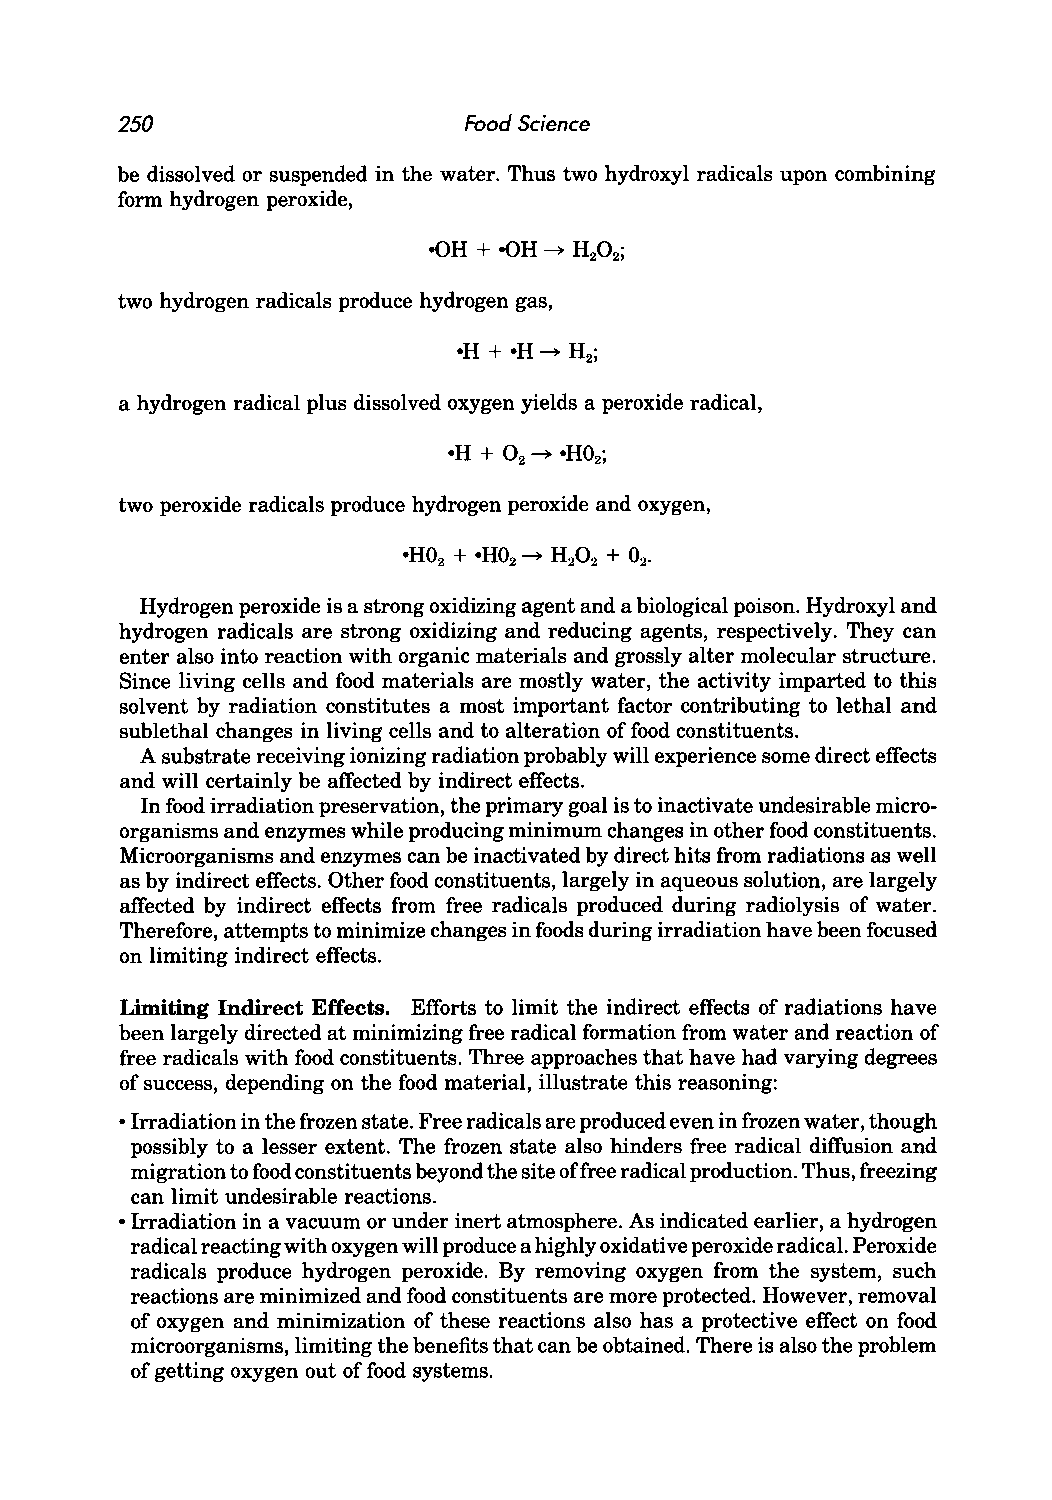
250                    Food Science
 be dissolved or suspended in the water. Thus two hydroxyl radicals upon combining
 form hydrogen peroxide,
 two hydrogen radicals produce hydrogen gas,
 a hydrogen radical plus dissolved oxygen yields a peroxide radical,
 two peroxide radicals produce hydrogen peroxide and oxygen,
 Hydrogen peroxide is a strong oxidizing agent and a biological poison. Hydroxyl and
 hydrogen radicals are strong oxidizing and reducing agents, respectively. They can
 enter also into reaction with organic materials and grossly alter molecular structure.
 Since living cells and food materials are mostly water, the activity imparted to this
 solvent by radiation constitutes a most important factor contributing to lethal and
 sublethal changes in living cells and to alteration of food constituents.
 A substrate receiving ionizing radiation probably will experience some direct effects
 and will certainly be affected by indirect effects.
 In food irradiation preservation, the primary goal is to inactivate undesirable micro
 organisms and enzymes while producing minimum changes in other food constituents.
 Microorganisms and enzymes can be inactivated by direct hits from radiations as well
 as by indirect effects. Other food constituents, largely in aqueous solution, are largely
 affected by indirect effects from free radicals produced during radiolysis of water.
 Therefore, attempts to minimize changes in foods during irradiation have been focused
 on limiting indirect effects.
 Limiting Indirect Effects. Efforts to limit the indirect effects of radiations have
 been largely directed at minimizing free radical formation from water and reaction of
 free radicals with food constituents. Three approaches that have had varying degrees
 of success, depending on the food material, illustrate this reasoning:
 • Irradiation in the frozen state. Free radicals are produced even in frozen water, though
 possibly to a lesser extent. The frozen state also hinders free radical diffusion and
 migration to food constituents beyond the site offree radical production. Thus, freezing
 can limit undesirable reactions .
 • Irradiation in a vacuum or under inert atmosphere. As indicated earlier, a hydrogen
 radical reacting with oxygen will produce a highly oxidative peroxide radical. Peroxide
 radicals produce hydrogen peroxide. By removing oxygen from the system, such
 reactions are minimized and food constituents are more protected. However, removal
 of oxygen and minimization of these reactions also has a protective effect on food
 microorganisms, limiting the benefits that can be obtained. There is also the problem
 of getting oxygen out of food systems.